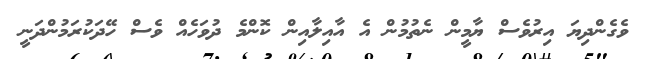
ވެގެންދިޔަ އިރުވެސް ޔާމީން ނެތުމުން އެ އާއިލާއިން ކޮންމެ ދުވަހެއް ވެސް ހޭދަކުރަމުންދަނީ